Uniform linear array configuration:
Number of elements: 48
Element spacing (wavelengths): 0.5
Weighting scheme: exponential
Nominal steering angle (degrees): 15
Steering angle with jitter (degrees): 15.437
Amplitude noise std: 0.05
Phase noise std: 0.05

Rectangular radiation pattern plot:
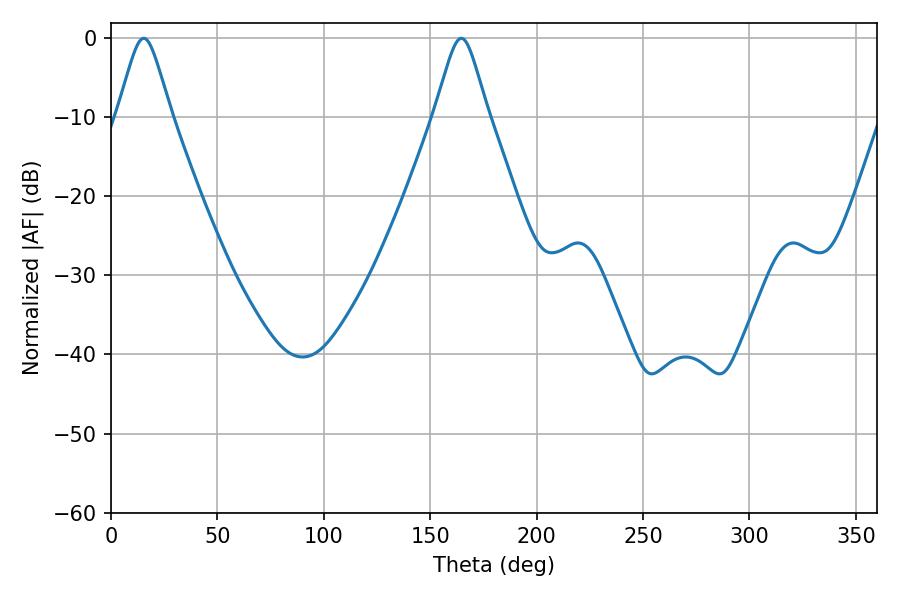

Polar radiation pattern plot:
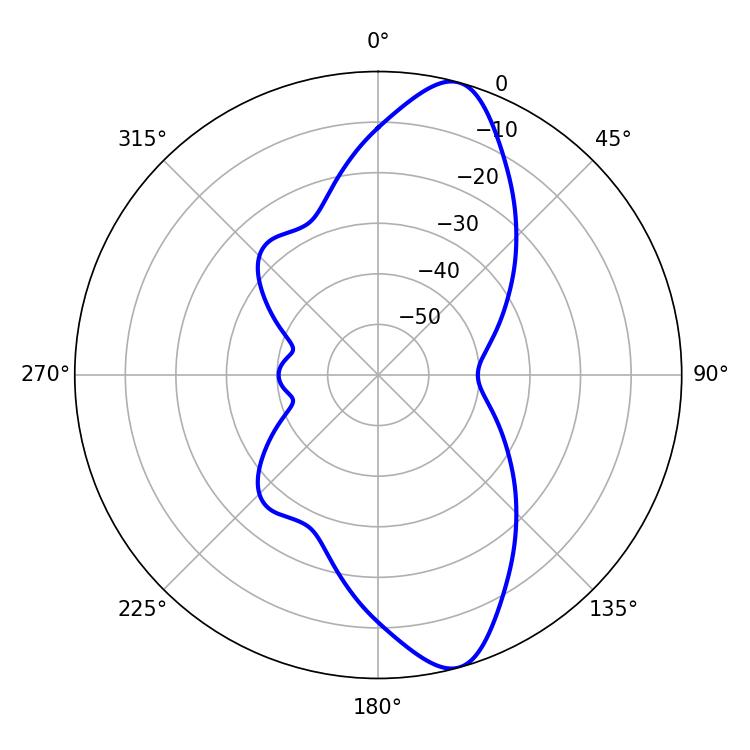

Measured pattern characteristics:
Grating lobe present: FALSE
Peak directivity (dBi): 11.681
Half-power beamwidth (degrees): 12.06
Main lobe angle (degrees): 15.3